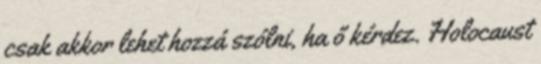
csak akkor lehet hozzá szólni, ha ő kérdez. Holocaust